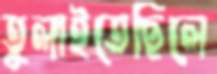
তুলাইতেছিলে